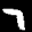
Label: 7